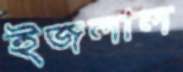
ইজলাল